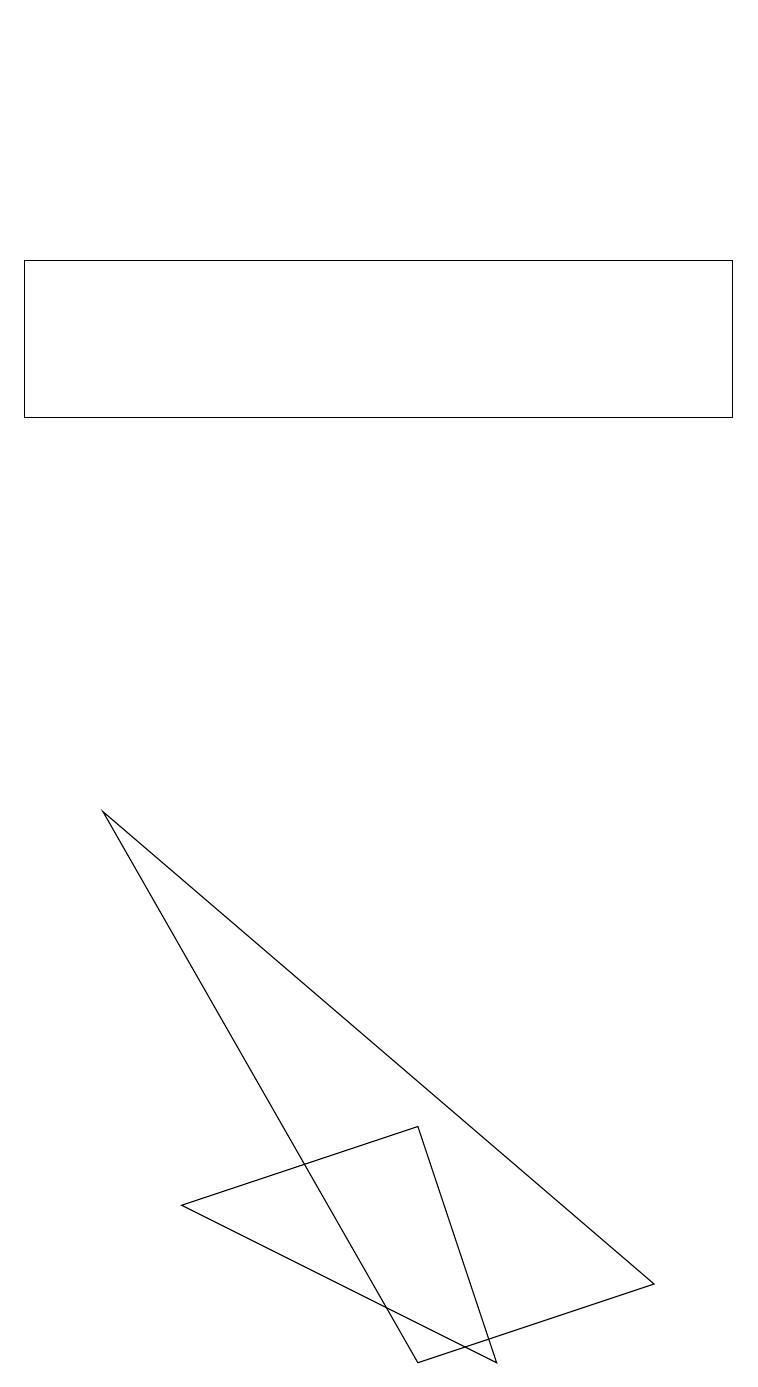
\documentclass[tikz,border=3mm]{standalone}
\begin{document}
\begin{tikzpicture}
\draw (2,3) -- (6,1) -- (5,4) -- cycle;
\draw (0,15) rectangle (9,13);
\draw (5,18) rectangle (5,18);
\draw (1,8) -- (8,2) -- (5,1) -- cycle;
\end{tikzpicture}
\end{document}